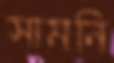
সামনি